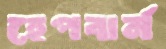
হেপবার্ন